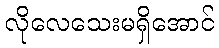
လိုလေသေးမရှိအောင်